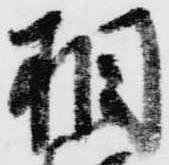
相